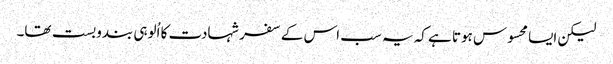
لیکن ایسا محسوس ہوتا ہے کہ یہ سب اس کے سفر شہادت کا اُلوہی بندوبست تھا۔